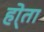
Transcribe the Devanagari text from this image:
हो्ता